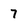
Character: 7